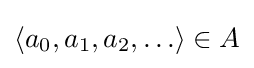
\langle a_{0},a_{1},a_{2},\ldots \rangle \in A